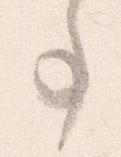
事